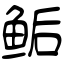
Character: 鲘